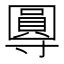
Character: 𭕂